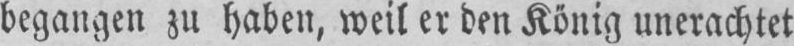
begangen zu haben, weil er den König unerachtet